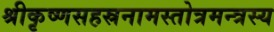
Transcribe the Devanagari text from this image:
श्रीकृष्णसहस्रनामस्तोत्रमन्त्रस्य